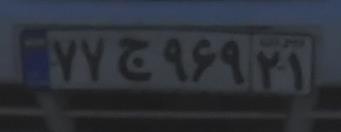
۷۷ج۹۶۹۲۱